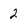
Character: 2